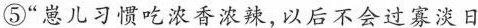
⑤“崽儿习惯吃浓香浓辣,以后不会过寡淡日